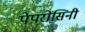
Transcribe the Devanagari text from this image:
पेपरोंसिनी